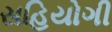
સહિયોગી